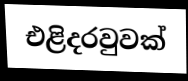
එළිදරවුවක්